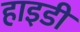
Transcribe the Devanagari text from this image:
हाइडी